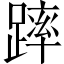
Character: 𨄮